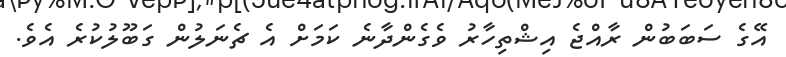
އޭގެ ސަބަބުން ރާއްޖެ އިޝްތިހާރު ވެގެންދާނެ ކަމަށް އެ ޗެނަލުން ގަބޫލުކުރެ އެވެ.